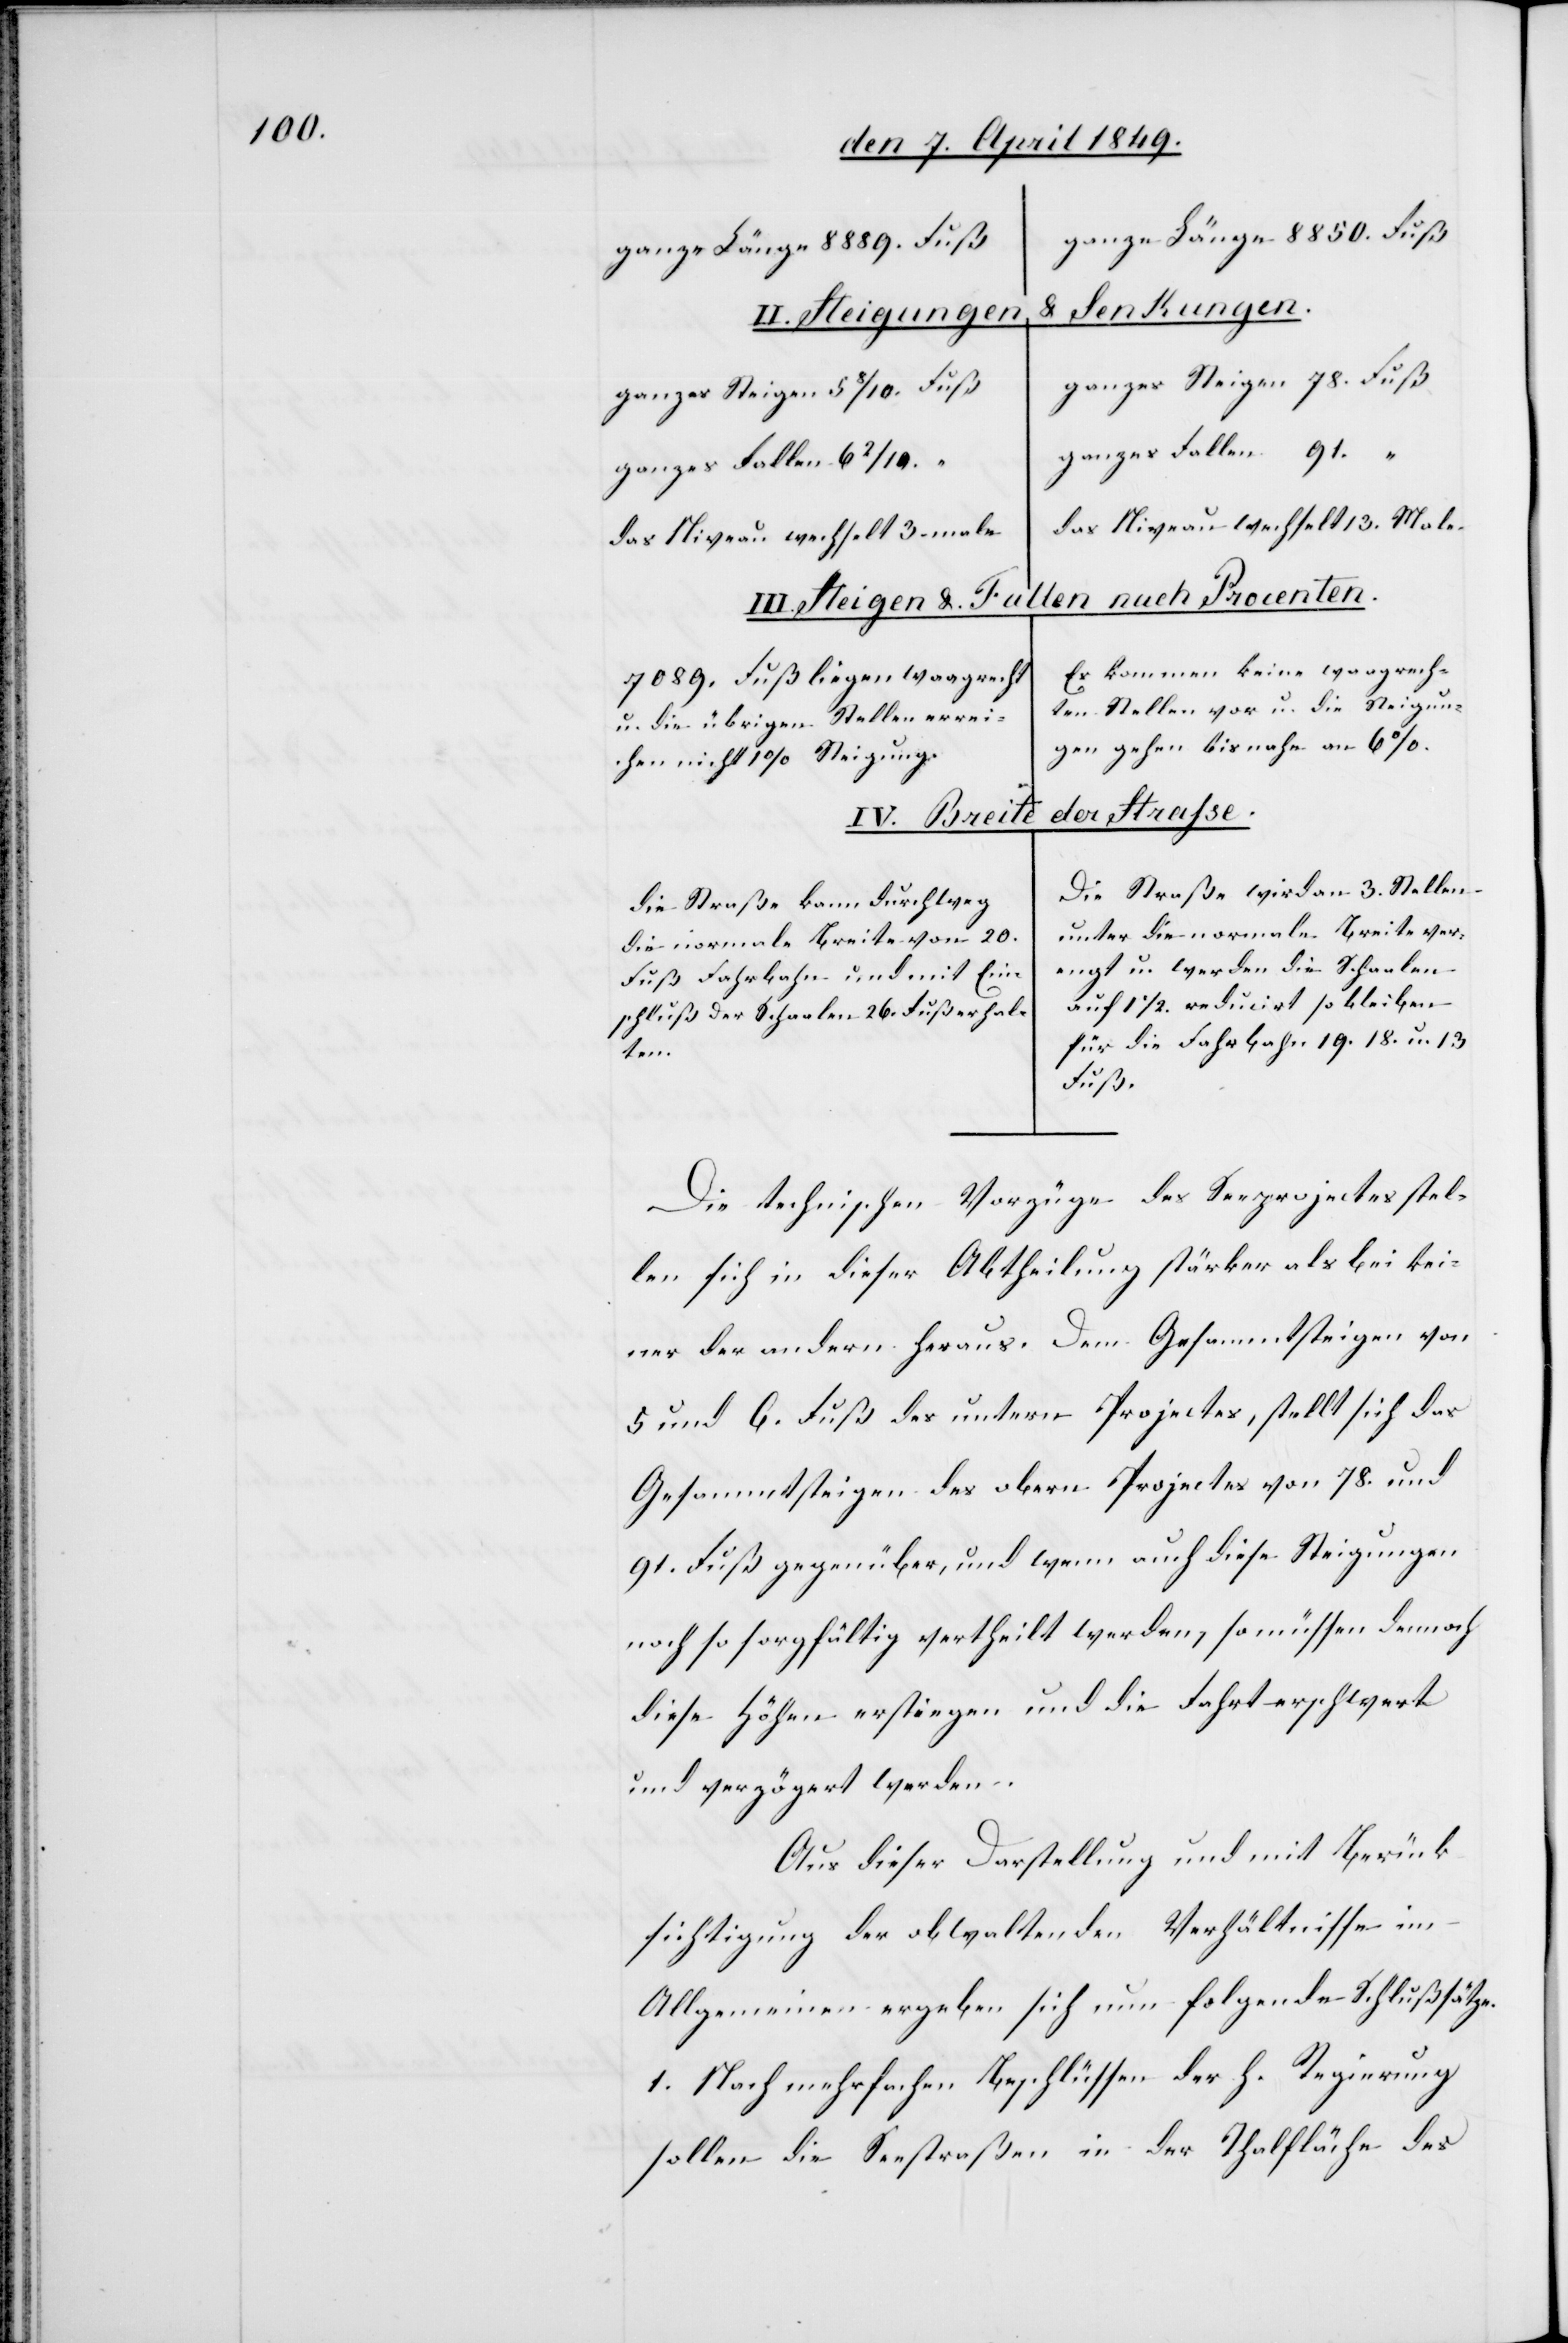
ganze Länge 8850. Fuß
ganze Länge 8889. Fuß
& Senkungen.
II. Steigungen
ganzes Steigen 78. Fuß
ganzes Steigen 5 8/10. Fuß
ganzes Fallen 91. “
ganzes Fallen 6 2/10. “
das Niveau wechselt 13. Male.
das Niveau wechselt 3. male
III. Steigen & Fallen nach Procenten.
Es kommen keine waagrech¬
7089. Fuß liegen waagrecht
ten Stellen vor u. die Steigun¬
u. die übrigen Stellen errei¬
gen gehen bis nahe an 6
chen nicht 1 % Steigung.
der Strasse.
IV. Breite
Die Straße wird an 3. Stellen
Die Straße kann durchweg
unter die normale Breite ver¬
die normale Breite von 20.
engt u. werden die Schaalen
Fuß Fahrbahn und mit Ein¬
auf 1 1/2. reducirt so bleiben
schluß der Schaalen 26. Fuß erhal¬
für die Fahrbahn 19. 18. u. 13.
ten.
Fuß.
Die technischen Vorzüge des Seeprojectes stel¬
len sich in dieser Abtheilung stärker als bei kei¬
ner der andern heraus. Dem Gesammtsteigen von
5 und 6. Fuß des untern Projectes, stellt sich das
Gesammtsteigen des obern Projectes von 78. und
91. Fuß gegenüber, und wenn auch diese Steigungen
noch so sorgfältig vertheilt werden, so müssen dennoch
diese Höhen erstiegen und die Fahrt erschwert
und verzögert werden.
Aus dieser Darstellung und mit Berück¬
sichtigung der obwaltenden Verhältnisse im
Allgemeinen ergeben sich nun folgende Schlußsätze
1. Nach mehrfachen Beschlüssen der h. Regierung
sollen die Seestraßen in der Thalfläche des